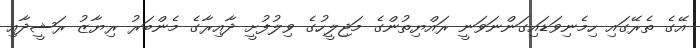
އޭގެ ތެރޭގައި ހިމެނިވަޑައިގަންނަވަނީ ރައްޔިތުންގެ މަޖިލީހުގެ ވިލުފުށީ ދާއިރާގެ މެންބަރު ރިޔާޒު ރަޝީދާއި